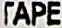
TAPE